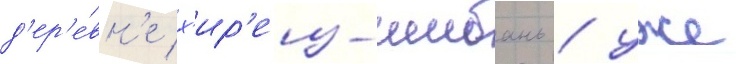
д'ер'е́вн'е х'ир'еиз-шибань / уже